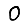
Digit: 0